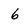
Character: 6